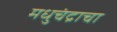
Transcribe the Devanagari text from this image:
मधुचंद्राचा